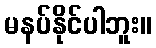
မနပ်နိုင်ပါဘူး။